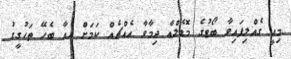
މިއީ ގެއްލިފައިވާ ބޯޓުގެ މޮޑެލްއާ ދިމާވާ އެއްޗެއް ކަމަށް އެއާ ބެހޭ ތަހުގީގު